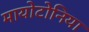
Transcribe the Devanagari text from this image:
मायोटोनिया